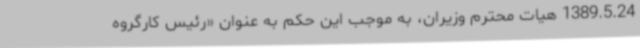
1389.5.24 هیات محترم وزیران، به موجب این حکم به عنوان «رئیس کارگروه